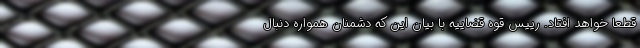
قطعاً خواهد افتاد. رییس قوه قضاییه با بیان این که دشمنان همواره دنبال